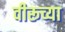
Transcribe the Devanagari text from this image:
वीरूच्या